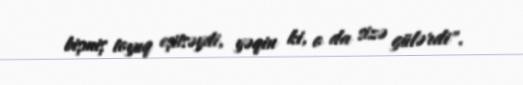
bişmiş toyuq eşitsəydi, yəqin ki, o da sizə gülərdi".